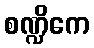
စဏ္ဍိကေ